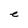
Character: e